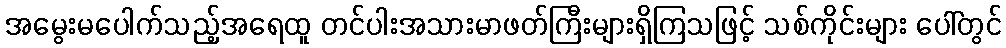
အမွေးမပေါက်သည့်အရေထူ တင်ပါးအသားမာဖတ်ကြီးများရှိကြသဖြင့် သစ်ကိုင်းများ ပေါ်တွင်